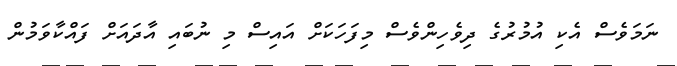
ނަމަވެސް އެކި އުމުރުގެ ދިވެހިންވެސް މިފަހަކަށް އައިސް މި ނުބައި އާދައަށް ފައްކާވަމުން